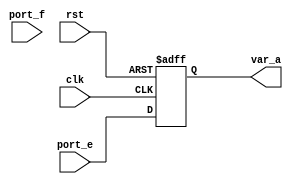
module FLP_NR_ENCT (clk,rst,port_f,port_e,var_a);
   input clk,rst,port_f,port_e;
   output var_a;
   wire en;
   reg var_a;
   assign en = 1'b0;
   always@(posedge clk or negedge rst)
   begin
      if (!rst)
      var_a <= 1'b0;
      else if(en)
      var_a <= port_f;
      else
      var_a <= port_e;
   end
endmodule